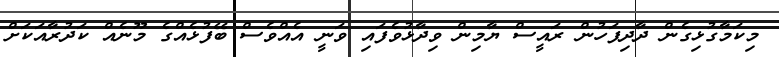
މިކަމާގުޅިގެން ދާދިފަހުން ރައީސް ޔާމިން ވިދާޅުވެފައި ވަނީ އެެއްވެސް ބޭފުޅެއްގެ މޫނެއް ކަދުރާއަކަށް